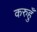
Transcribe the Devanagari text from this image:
करुहुँ